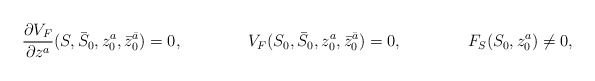
\begin{align*}\frac{\partial V_F}{\partial z^a}(S, \bar S_0, z_0^a, \bar z_0^{\bar a}) =0, \qquad\qquad V_F(S_0, \bar S_0, z_0^a, \bar z_0^{\bar a})=0, \qquad\qquad F_S(S_0, z_0^a) \ne 0,\end{align*}